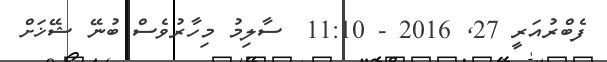
ފެބްރުއަރީ 27